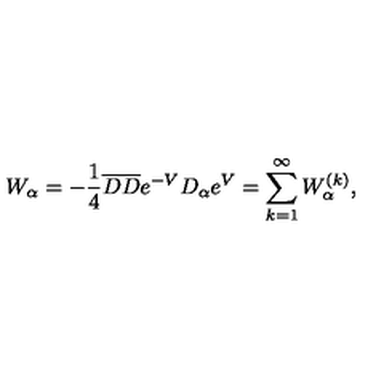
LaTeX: W _ { \alpha } = - \frac { 1 } { 4 } { \overline { D } } { \overline { D } } e ^ { - V } D _ { \alpha } e ^ { V } = \sum _ { k = 1 } ^ { \infty } W _ { \alpha } ^ { ( k ) } ,